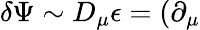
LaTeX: \delta\Psi\sim D_{\mu}\epsilon=(\partial_{\mu}